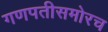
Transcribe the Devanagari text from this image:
गणपतीसमोरच